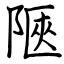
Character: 陿